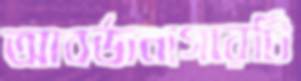
আবর্জনাগারটি